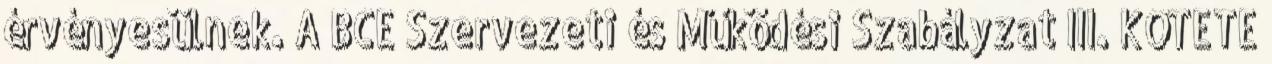
érvényesülnek. A BCE Szervezeti és Működési Szabályzat III. KÖTETE